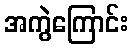
အကွဲကြောင်း